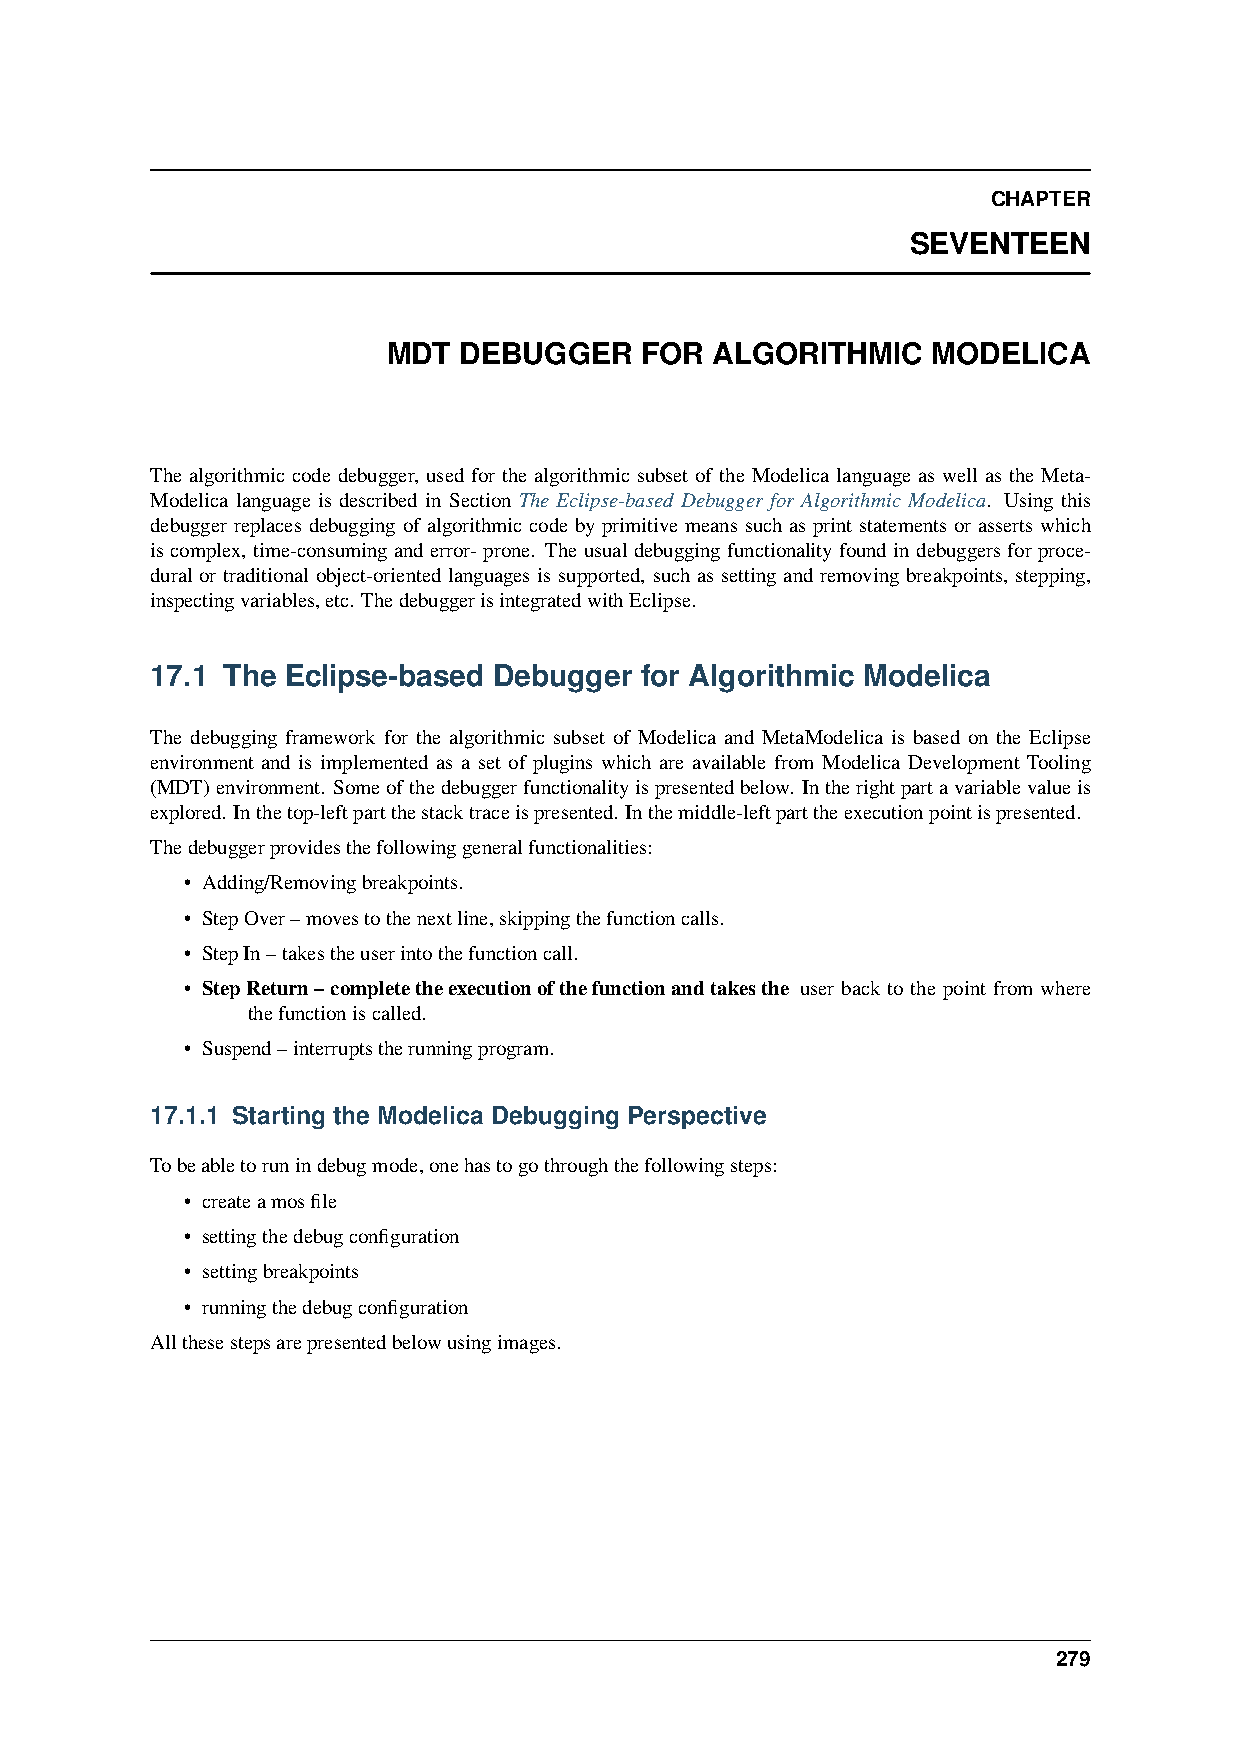
CHAPTER
 SEVENTEEN
 MDT DEBUGGER    FOR  ALGORITHMIC    MODELICA
 The algorithmic code debugger, used for the algorithmic subset of the Modelica language as well as the Meta-
 Modelica language is described in Section The Eclipse-based Debugger for Algorithmic Modelica. Using this
 debugger replaces debugging of algorithmic code by primitive means such as print statements or asserts which
 iscomplex, time-consuminganderror-prone. Theusualdebuggingfunctionalityfoundindebuggersforproce-
 dural or traditional object-oriented languages is supported, such as setting and removing breakpoints, stepping,
 inspectingvariables,etc. ThedebuggerisintegratedwithEclipse.
 17.1 The Eclipse-based Debugger for Algorithmic Modelica
 The debugging framework for the algorithmic subset of Modelica and MetaModelica is based on the Eclipse
 environment and is implemented as a set of plugins which are available from Modelica Development Tooling
 (MDT)environment. Someofthedebuggerfunctionalityispresentedbelow. Intherightpartavariablevalueis
 explored. Inthetop-leftpartthestacktraceispresented. Inthemiddle-leftparttheexecutionpointispresented.
 Thedebuggerprovidesthefollowinggeneralfunctionalities:
 • Adding/Removingbreakpoints.
 • StepOver–movestothenextline,skippingthefunctioncalls.
 • StepIn–takestheuserintothefunctioncall.
 • StepReturn–completetheexecutionofthefunctionandtakesthe user back to the point from where
 thefunctioniscalled.
 • Suspend–interruptstherunningprogram.
 17.1.1 Starting the Modelica Debugging Perspective
 Tobeabletorunindebugmode,onehastogothroughthefollowingsteps:
 • createamosfile
 • settingthedebugconfiguration
 • settingbreakpoints
 • runningthedebugconfiguration
 Allthesestepsarepresentedbelowusingimages.
 279